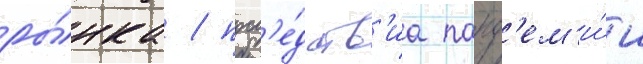
ры́нка / посл'е́дств'иа панд'ем'и́и